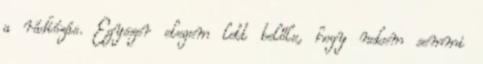
a rádiózás. Egyszer elegem lett belőle, hogy nekem semmi